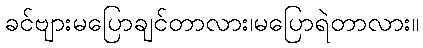
ခင်ဗျားမပြောချင်တာလား၊မပြောရဲတာလား။